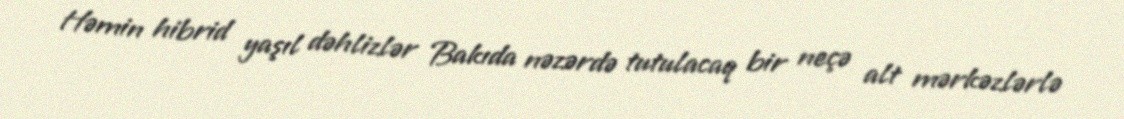
Həmin hibrid yaşıl dəhlizlər Bakıda nəzərdə tutulacaq bir neçə alt mərkəzlərlə